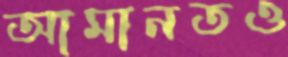
আমানতও